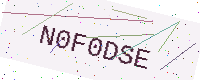
Text: N0F0DSE